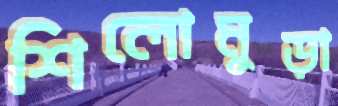
শিলোমুড়া